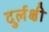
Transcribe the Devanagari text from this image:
दुर्लक्षी